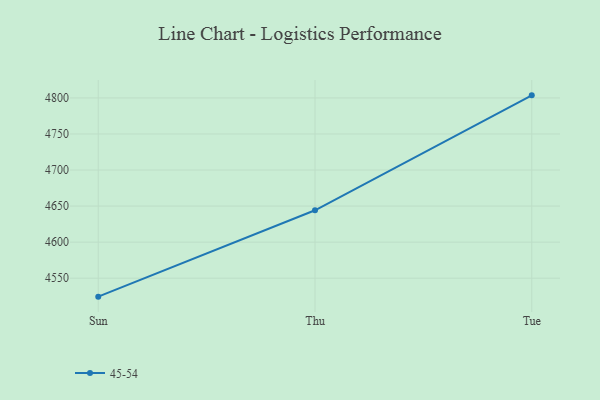
{"axis": {"x": "Day", "y": "Backlog"}, "legend": ["45-54"], "data": [{"x": "Sun", "y": 4524.4, "type": "45-54"}, {"x": "Thu", "y": 4644.2, "type": "45-54"}, {"x": "Tue", "y": 4803.6, "type": "45-54"}]}